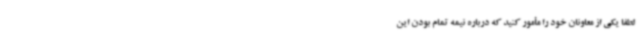
لطفا یکی از معاونان خود را مأمور کنید که درباره نیمه تمام بودن این